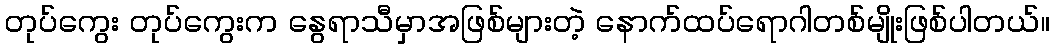
တုပ်ကွေး တုပ်ကွေးက နွေရာသီမှာအဖြစ်များတဲ့ နောက်ထပ်ရောဂါတစ်မျိုးဖြစ်ပါတယ်။